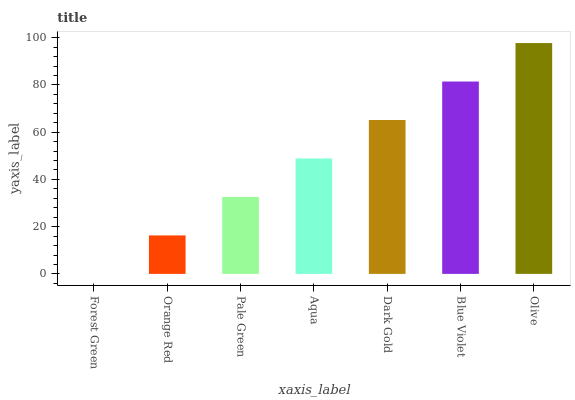
| xaxis_label | bars |
 | --- | --- |
 | Forest Green | 0 |
 | Orange Red | 16.3 |
 | Pale Green | 32.6 |
 | Aqua | 48.9 |
 | Dark Gold | 65.2 |
 | Blue Violet | 81.5 |
 | Olive | 97.8 |